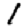
Digit: 1